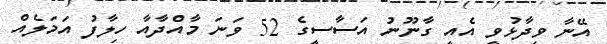
އޭނާ ވިދާޅުވީ އެއީ ގާނޫނު އަސާސީގެ 52 ވަނަ މާއްދާއާ ހިލާފު އަމަލެއް